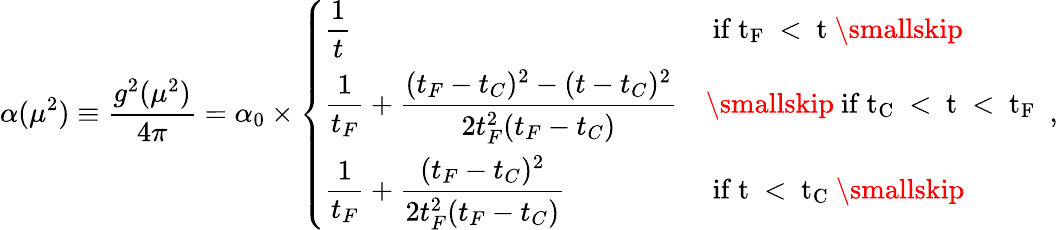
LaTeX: \alpha(\mu^{2})\equiv\frac{g^{2}(\mu^{2})}{4\pi}=\alpha_{0}\times\left\{ \begin{array}{ll}{{\displaystyle\frac{1}{t}}}&{{\mathrm{~if~t_{F}~<~t~}\smallskip}}\\ {{\displaystyle\frac{1}{t_{F}}+\frac{(t_{F}-t_{C})^{2}-(t-t_{C})^{2}}{2t_{F}^{2}(t_{F}-t_{C})}}}&{{\smallskip\mathrm{~if~t_{C}~<~t~<~t_{F}~}}}\\ {{\displaystyle\frac{1}{t_{F}}+\frac{(t_{F}-t_{C})^{2}}{2t_{F}^{2}(t_{F}-t_{C})}}}&{{\mathrm{~if~t~<~t_{C}~}\smallskip}}\end{array}\right.~,